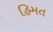
હિમત